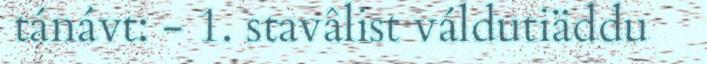
tánávt: - 1. stavâlist váldutiäddu